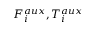
F _ { i } ^ { a u x } , T _ { i } ^ { a u x }